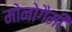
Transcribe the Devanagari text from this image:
मोनोगैमी